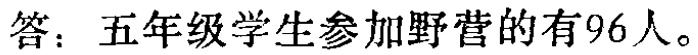
答：五年级学生参加野营的有96人。